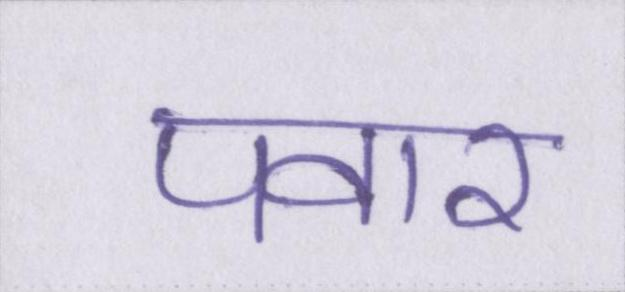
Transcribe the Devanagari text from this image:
पवार